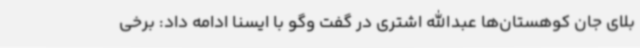
بلای جان کوهستان‌ها عبدالله اشتری در گفت وگو با ایسنا ادامه داد: برخی